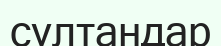
султандар